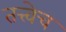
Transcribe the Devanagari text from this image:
तत्त्वेच